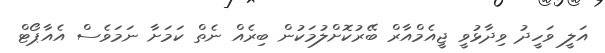
އަލީ ވަހީދު ވިދާޅުވީ ޖީއެމްއާރް ބޭރުކޮށްލުމަކުން ބިރެއް ނެތް ކަމަށާ ނަމަވެސް އެއާޕޯޓް